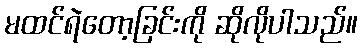
မထင်ရဲတော့ခြင်းကို ဆိုလိုပါသည်။